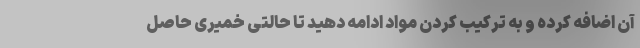
آن اضافه کرده و به ترکیب کردن مواد ادامه دهید تا حالتی خمیری حاصل